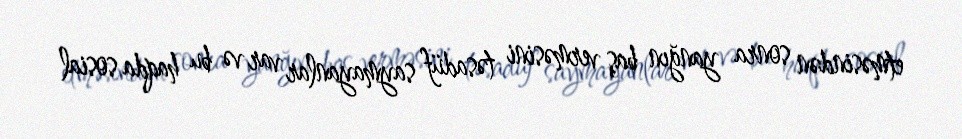
etməsindən sonra yanğın baş verməsini təsadüf saymayanlar var və bu haqda sosial